Civil Veterinary Department Bihar & Orissa reports 1922-29 - 1922-1929
Year: 1922
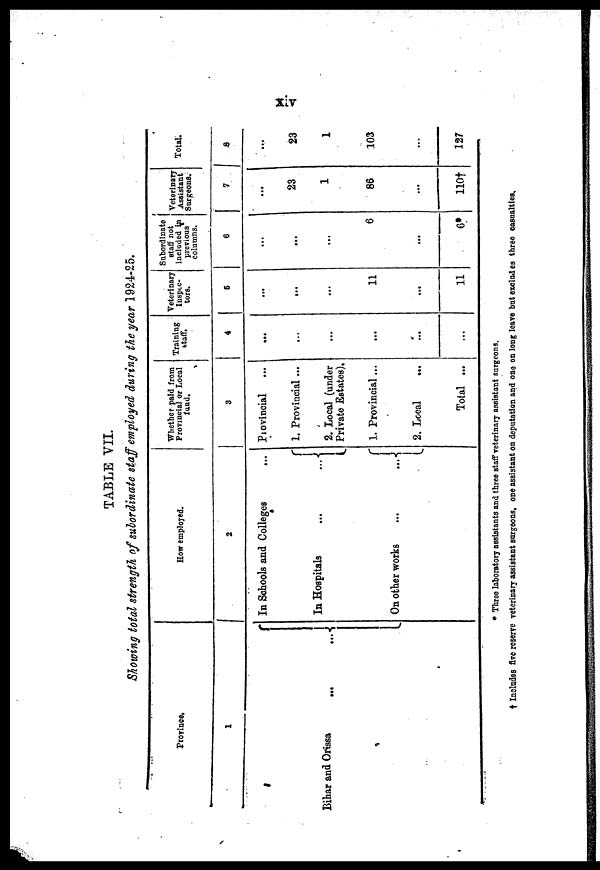
xiv
TABLE VII.
Showing total strength of subordinate staff employed during the year 1924-25.
Province.
1
Bihar and Orissa
...
....
How employed.
2
In Schools and Colleges
In Hospitals
On other works
Whether paid from
Provincial or Local
fund.
3
Provincial
1. Provincial ...
2. Local (under
Private Estates).
1. Provincial...
2. Local
...
Total ...
Training
staff.
4
...
...
...
...
...
...
Veterinary
Inspec-
tors.
5
...
...
...
11
...
11
Subordinate
staff not
included in
previous
columns.
6
...
...
...
6
...
6*
Veterinary
Assistant
Surgeons.
7
...
23
1
86
...
110†
Total.
8
...
23
1
103
...
127
* Three laboratory assistants and three staff veterinary assistant surgeons.
† Inoludes five reserve veterinary assistant surgeons, one assistant on deputation and one on long leave bat exolud es three casualties.